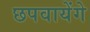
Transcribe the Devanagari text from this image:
छपवायेंगे